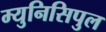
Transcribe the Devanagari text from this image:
म्युनिसिपुल